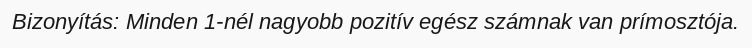
Bizonyítás: Minden 1-nél nagyobb pozitív egész számnak van prímosztója.